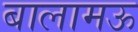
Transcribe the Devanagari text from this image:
बालामऊ